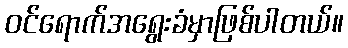
ဝင်ရောက်အရွေးခံမှာဖြစ်ပါတယ်။